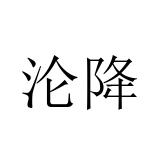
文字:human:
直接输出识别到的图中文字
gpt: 沦降